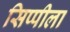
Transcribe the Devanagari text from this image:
सिप्पीला